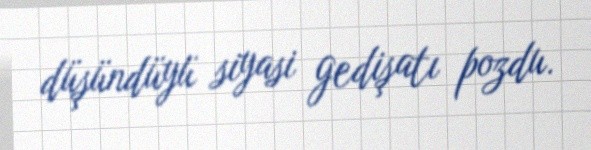
düşündüyü siyasi gedişatı pozdu.